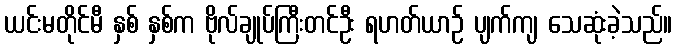
ယင်းမတိုင်မီ နှစ် နှစ်က ဗိုလ်ချုပ်ကြီးတင်ဦး ရဟတ်ယာဉ် ပျက်ကျ သေဆုံးခဲ့သည်။